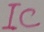
Text: IC